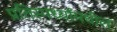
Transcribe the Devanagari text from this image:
प्रतिस्पर्ध्यांमधील